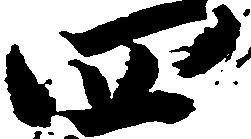
四